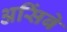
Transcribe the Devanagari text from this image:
असिंबे